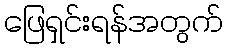
ဖြေရှင်းရန်အတွက်